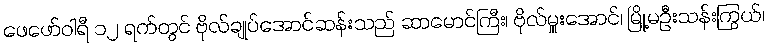
ဖေဖော်ဝါရီ ၁၂ ရက်တွင် ဗိုလ်ချုပ်အောင်ဆန်းသည် ဆာမောင်ကြီး၊ ဗိုလ်မှူးအောင်၊ မြို့မဦးသန်းကြွယ်၊